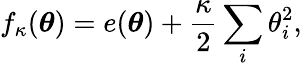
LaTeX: f_{\kappa}({\boldsymbol{\theta}})=e({\boldsymbol{\theta}})+\frac{\kappa}{2}\sum_{i}\theta_{i}^{2},